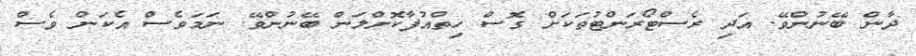
ދާން ބޭނުންވޭ. އަދި ރެސްޓޯރަންޓުތަކަށް ގޮސް ހިތްއުފާކޮށްލަން ބޭނުންވޭ. ނަމަވެސް އެކަން ވެސް